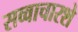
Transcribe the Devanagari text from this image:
सव्वाचारशे